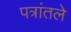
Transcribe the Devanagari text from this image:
पत्रांतले